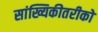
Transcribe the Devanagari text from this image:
सांख्यिकीतरीको